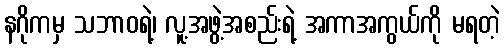
နဂိုကမှ သဘာဝရဲ့၊ လူ့အဖွဲ့အစည်းရဲ့ အကာအကွယ်ကို မရတဲ့